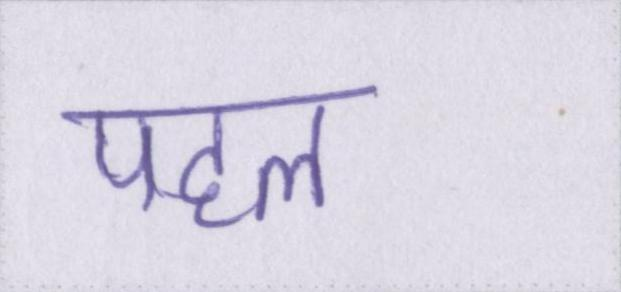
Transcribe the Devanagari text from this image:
पहल